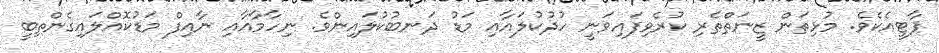
ޕާޓީއެކެވެ. މުޅިތަން ޒީނަތްތެރި ކުރެވިފައިވަނީ ހުދުކުލައާއި މަޑު ދަނބުކުލައިންވެ. ނިހާމާއާއި ނާއިފް މަޑުކޮއްލައިގެންތިބީ